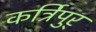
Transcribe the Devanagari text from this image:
कर्त्रिपुर्